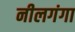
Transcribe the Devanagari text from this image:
नीलगंगा